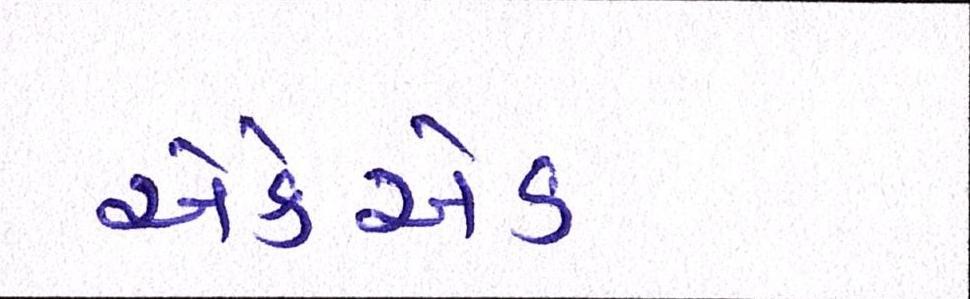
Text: એકેએક